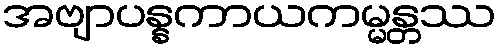
အဗျာပန္နကာယကမ္မန္တဿ